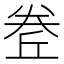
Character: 𡙅